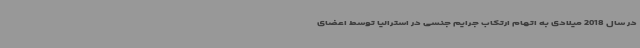
در سال 2018 میلادی به اتهام ارتکاب جرایم جنسی در استرالیا توسط اعضای